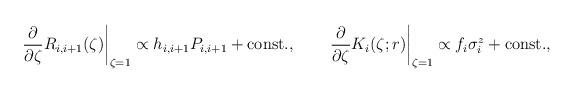
LaTeX: \begin{align*}\left.\frac{\partial}{\partial\zeta}R_{i,i+1}(\zeta)\right|_{\zeta=1} \propto h_{i,i+1}P_{i,i+1}+\mbox{const.}, \qquad \left.\frac{\partial}{\partial\zeta}K_i(\zeta;r)\right|_{\zeta=1} \propto f_i\sigma_i^z+\mbox{const.},\end{align*}